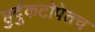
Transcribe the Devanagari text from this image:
हुर्दुकटीपेतच